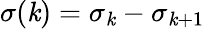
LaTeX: \sigma(\mathit{k})=\sigma_{\mathit{k}}-\sigma_{\mathit{k}+1}